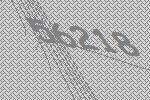
56218